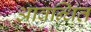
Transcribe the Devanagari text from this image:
आबन्धित